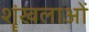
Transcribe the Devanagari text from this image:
शॄंखलाओं